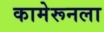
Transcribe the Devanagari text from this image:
कामेरूनला